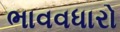
ભાવવધારો